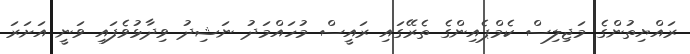
ރައްޔިތުންގެ މަޖިލިސް ކެމްޕެއިންގެ ތެރޭގައި ރައީސް މުހައްމަދު ނަޝިދު ވިދާޅުވެފައި ވަނީ އަށަރަ